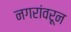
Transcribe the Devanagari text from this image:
नगरांवरून